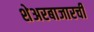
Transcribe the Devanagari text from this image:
शेअरबाजारची